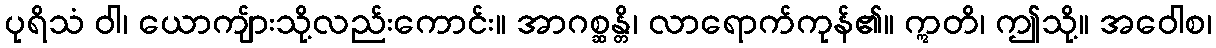
ပုရိသံ ဝါ၊ ယောကျ်ားသို့လည်းကောင်း။ အာဂစ္ဆန္တိ၊ လာရောက်ကုန်၏။ ဣတိ၊ ဤသို့။ အဝေါစ၊